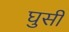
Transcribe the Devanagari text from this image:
घुसीं